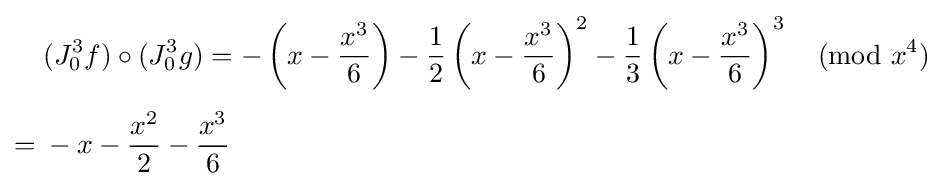
{\begin{aligned}&(J_{0}^{3}f)\circ (J_{0}^{3}g)=-\left(x-{\frac {x^{3}}{6}}\right)-{\frac {1}{2}}\left(x-{\frac {x^{3}}{6}}\right)^{2}-{\frac {1}{3}}\left(x-{\frac {x^{3}}{6}}\right)^{3}{\pmod {x^{4}}}\\[4pt]={}&-x-{\frac {x^{2}}{2}}-{\frac {x^{3}}{6}}\end{aligned}}